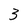
Character: 3